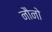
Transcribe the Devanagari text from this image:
नौनो